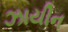
ઝાયીન